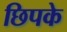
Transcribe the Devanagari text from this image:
छिपके